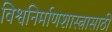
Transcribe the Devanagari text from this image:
विश्वनिर्माणशास्त्रासाठी